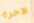
الآخرة